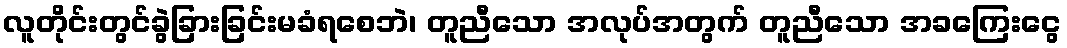
လူတိုင်းတွင်ခွဲခြားခြင်းမခံရစေဘဲ၊ တူညီသော အလုပ်အတွက် တူညီသော အခကြေးငွေ